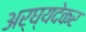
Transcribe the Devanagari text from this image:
अर्घ्यदेकर